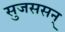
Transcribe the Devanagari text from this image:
सुजससन्